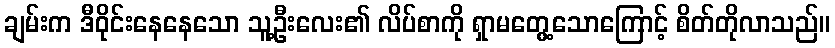
ချမ်းက ဒီဝိုင်းနေနေသော သူ့ဦးလေး၏ လိပ်စာကို ရှာမတွေ့သောကြောင့် စိတ်တိုလာသည်။